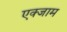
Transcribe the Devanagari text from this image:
एक्जाम